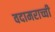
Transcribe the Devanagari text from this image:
वदामराच्ची